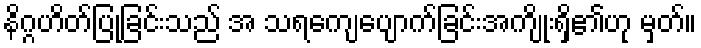
နိဂ္ဂဟိတ်ပြုခြင်းသည် အ သရကျေပျောက်ခြင်းအကျိုးရှိ၏ဟု မှတ်။